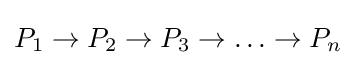
P_{1}\rightarrow P_{2}\rightarrow P_{3}\rightarrow \ldots \rightarrow P_{n}